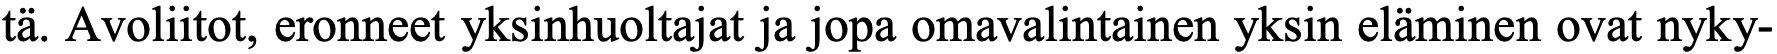
tä. Avoliitot, eronneet yksinhuoltajat ja jopa omavalintainen yksin eläminen ovat nyky-